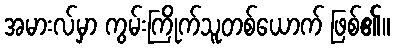
အမားလ်မှာ ကွမ်းကြိုက်သူတစ်ယောက် ဖြစ်၏။